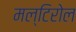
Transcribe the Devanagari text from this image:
मल्टिरोल